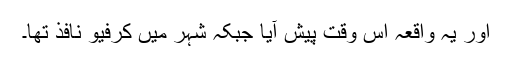
اور یہ واقعہ اس وقت پیش آیا جبکہ شہر میں کرفیو نافذ تھا۔